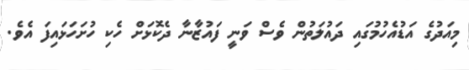
މިއަދުގެ އަޑުއެހުމުގައި ދައުލަތުން ވެސް ވަނީ ފައުޒާނާ ދެކޮޅަށް ހެކި ހުށަހަޅައިފަ އެވެ.